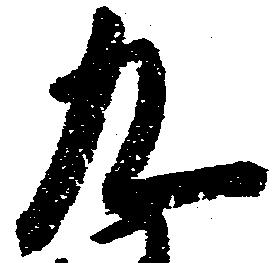
九